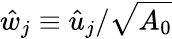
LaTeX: \hat{w}_{j}\equiv\hat{u}_{j}/\sqrt{A_{0}}